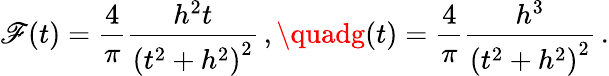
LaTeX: \mathscr{F}(t)=\frac{{4}}{{\pi}}\frac{{h^{2}t}}{{\left(t^{2}+h^{2}\right)^{2}}}\, ,\quadg(t)=\frac{{4}}{{\pi}}\frac{{h^{3}}}{{\left(t^{2}+h^{2}\right)^{2}}}\, .